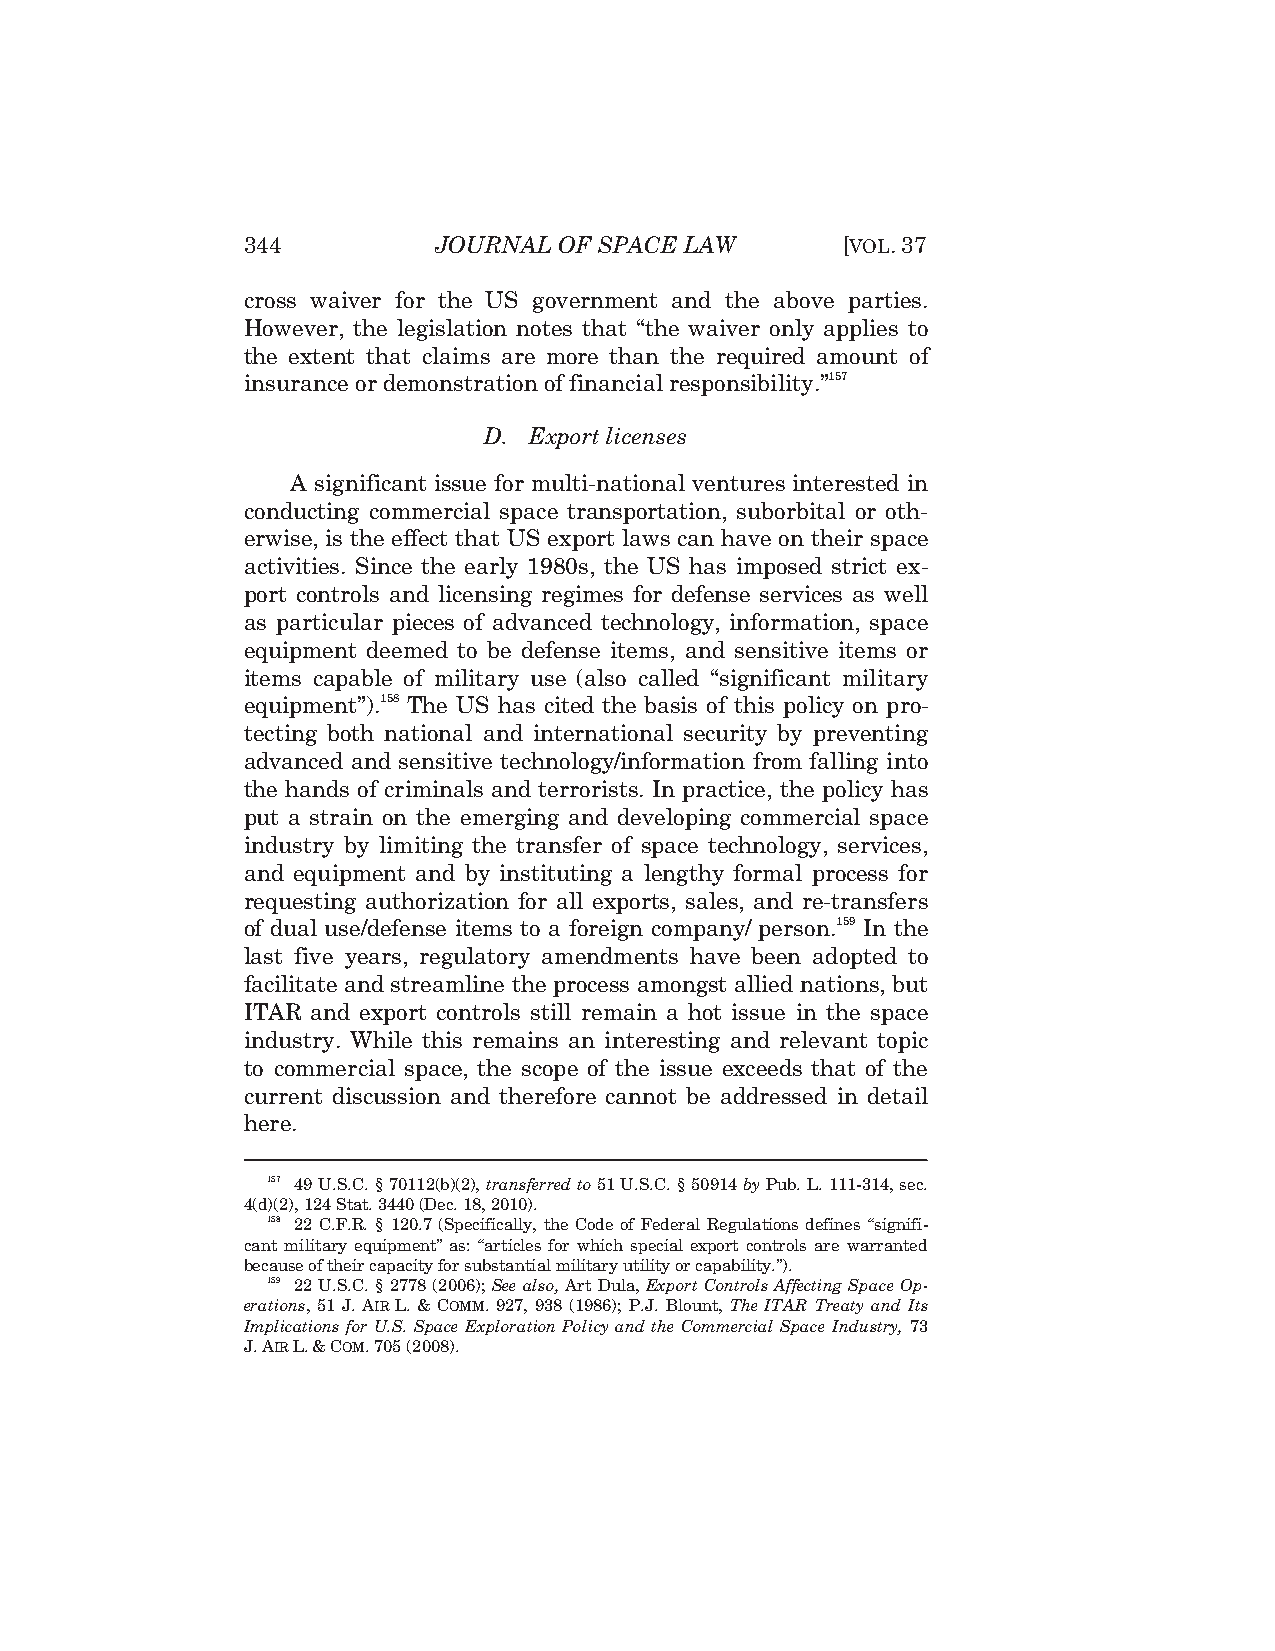
344          JOURNAL OF SPACE LAW       [VOL.37
 cross waiver for the US government and the above parties.
 However, the legislation notes that “the waiver only applies to
 the extent that claims are more than the required amount of
 insurance or demonstration of financial responsibility.”157
 D. Export licenses
 A significant issue for multi-national ventures interested in
 conducting commercial space transportation, suborbital or oth-
 erwise, is the effect that US export laws can have on their space
 activities. Since the early 1980s, the US has imposed strict ex-
 port controls and licensing regimes for defense services as well
 as particular pieces of advanced technology, information, space
 equipment deemed to be defense items, and sensitive items or
 items capable of military use (also called “significant military
 equipment”).158 The US has cited the basis of this policy on pro-
 tecting both national and international security by preventing
 advanced and sensitive technology/information from falling into
 the hands of criminals and terrorists. In practice, the policy has
 put a strain on the emerging and developing commercial space
 industry by limiting the transfer of space technology, services,
 and equipment and by instituting a lengthy formal process for
 requesting authorization for all exports, sales, and re-transfers
 of dual use/defense items to a foreign company/ person.159 In the
 last five years, regulatory amendments have been adopted to
 facilitate and streamline the process amongst allied nations, but
 ITAR and export controls still remain a hot issue in the space
 industry. While this remains an interesting and relevant topic
 to commercial space, the scope of the issue exceeds that of the
 current discussion and therefore cannot be addressed in detail
 here.
 157 49 U.S.C. § 70112(b)(2), transferred to 51 U.S.C. § 50914 byPub. L. 111-314, sec.
 4(d)(2), 124 Stat. 3440 (Dec. 18, 2010).
 158 22 C.F.R. § 120.7 (Specifically, the Code of Federal Regulations defines “signifi-
 cant military equipment” as: “articles for which special export controls are warranted
 because of their capacity for substantial military utility or capability.”).
 159 22 U.S.C. § 2778 (2006); See also, Art Dula, Export Controls Affecting Space Op-
 erations, 51 J.AIRL.&COMM. 927, 938 (1986); P.J. Blount, The ITAR Treaty and Its
 Implications for U.S. Space Exploration Policy and the Commercial Space Industry, 73
 J.AIRL.&COM. 705 (2008).